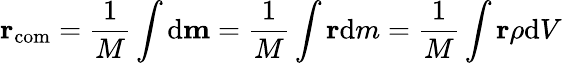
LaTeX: \mathbf{r}_{\mathrm{com}}={\frac{1}{M}}\int\mathrm{d}\mathbf{m}={\frac{1}{M}}\int\mathbf{r}\mathrm{d}m={\frac{1}{M}}\int\mathbf{r}\rho\mathrm{d}V